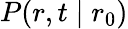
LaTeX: P(r,t\mid r_{0})